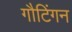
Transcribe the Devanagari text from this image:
गौटिंगन